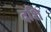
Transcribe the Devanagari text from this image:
दशि